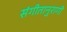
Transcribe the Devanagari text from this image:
संगीतानुरागी